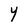
Character: Y